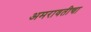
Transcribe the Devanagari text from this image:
अमरावतीचा